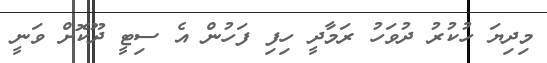
މިދިޔަ ހުކުރު ދުވަހު ރަމާދީ ހިފި ފަހުން އެ ސިޓީ ދޫކޮށް ވަނީ